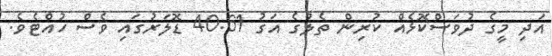
އަދި މީގެ ދުވަސްކޮޅެއް ކުރިން ތެލުގެ އަގު 40.61 ޑޮލަރުގައި ވެސް ހުއްޓެވެ.